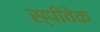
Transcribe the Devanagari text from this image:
स्पीवेक